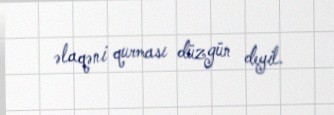
əlaqəni qurması düzgün deyil.